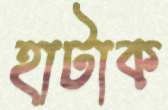
হাটাক